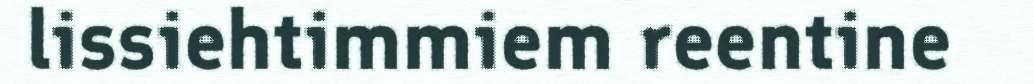
lissiehtimmiem reentine